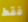
فقط